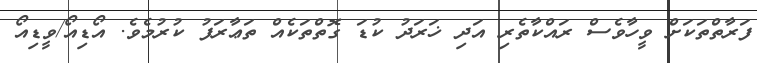
ފަރާތްތަކަށް ވީހާވެސް ރައްކާތެރި އަދި ޚަރަދު ކުޑަ ގޮތްތަކެއް ތަޢާރަފު ކުރުމެވެ. އޯޑިއޯ/ވީޑިއޯ